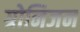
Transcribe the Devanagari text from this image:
ग्रोनिजन